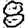
Digit: 8